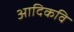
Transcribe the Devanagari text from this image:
अादिकवि